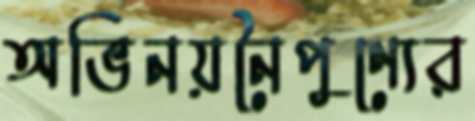
অভিনয়নৈপুণ্যের